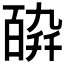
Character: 𤾋